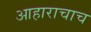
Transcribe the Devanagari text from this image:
आहाराचाच